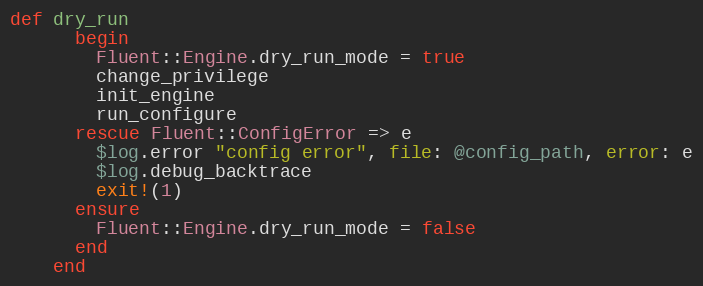
Language: Ruby
def dry_run
      begin
        Fluent::Engine.dry_run_mode = true
        change_privilege
        init_engine
        run_configure
      rescue Fluent::ConfigError => e
        $log.error "config error", file: @config_path, error: e
        $log.debug_backtrace
        exit!(1)
      ensure
        Fluent::Engine.dry_run_mode = false
      end
    end